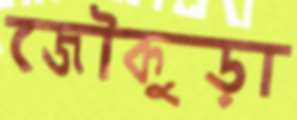
জৌকুড়া